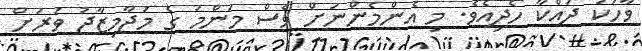
ވާހަކަ ދައްކާ ހެދިއެވެ. މި އެންމެންނަށް ވެސް މަންމަ ގެ މަޖާމިޒާޖު ވަރަށް